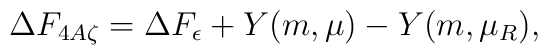
\Delta F_{4A\zeta}   = \Delta F_{\epsilon}  + Y(m,\mu) - Y(m,\mu_R),